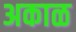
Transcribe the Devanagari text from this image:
अकाळ